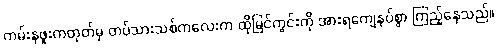
ကမ်းနဖူးကတုတ်မှ တပ်သားသစ်ကလေးက ထိုမြင်ကွင်းကို အားရကျေနပ်စွာ ကြည့်နေသည်။